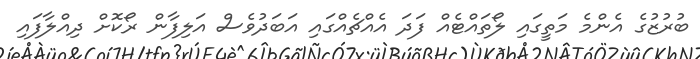
ބުރުޒުގެ އެންމެ މަތީގައި ލޯތައްޓެއް ފަދަ އެއްޗެއްގައި އަބަދުވެސް އަލިފާން ރޯކޮށް ދިއްލާފައި